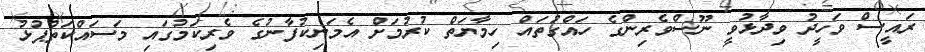
ރައީސް ވަހީދު ވިދާޅުވީ ނޫސްވެރިންގެ ހައްގުތައް ހިމާޔަތް ކުރުމަށް އެމަނިކުފާނުގެ ވެރިކަމުގައި މަސައްކަތްޕުޅު